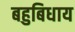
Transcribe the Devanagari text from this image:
बहुबिधाय